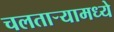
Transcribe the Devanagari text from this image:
चलताऱ्यामध्ये